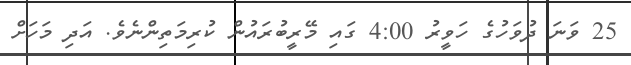
25 ވަނަ ދުވަހުގެ ހަވީރު 4:00 ގައި މޭރީބުރައުން ކުރިމަތިންނެވެ. އަދި މަހަށް